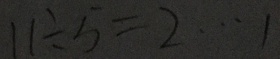
1 1 \div 5 = 2 \cdots 1